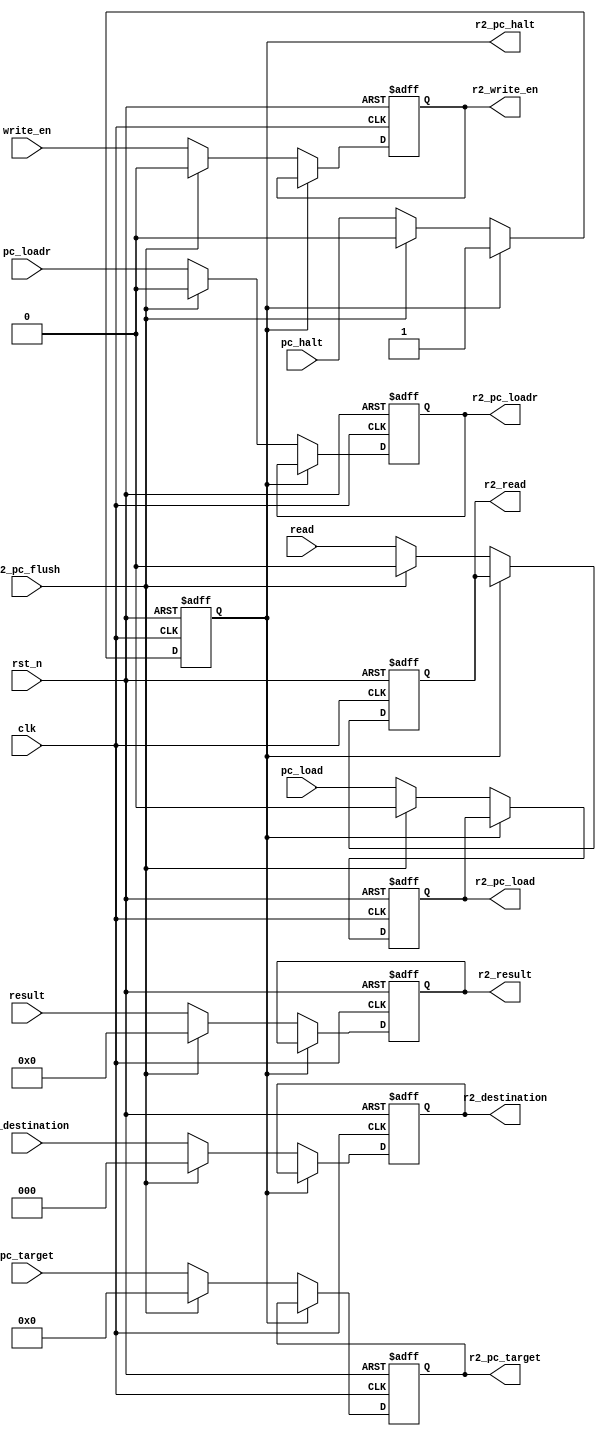
module r2
#(
   parameter D_SIZE = 32,
   parameter A_SIZE = 10
)
(
// general
   input                   rst_n         , // active 0
   input                   clk           ,
// special
// input                   r2_pc_halt    ,
   input                   r2_pc_flush   ,
   input             [2:0] r1_destination,
   input                   pc_halt       ,
   input                   pc_load       ,
   input                   pc_loadr      ,
   input      [A_SIZE-1:0] pc_target     ,
   input                   read          ,
   input                   write_en      ,
   input      [D_SIZE-1:0] result        ,
   output reg        [2:0] r2_destination,
   output reg              r2_pc_halt    ,
   output reg              r2_pc_load    ,
   output reg              r2_pc_loadr   ,
   output reg [A_SIZE-1:0] r2_pc_target  ,
   output reg              r2_read       ,
   output reg              r2_write_en   ,
   output reg [D_SIZE-1:0] r2_result
);


always@(posedge clk or negedge rst_n)
begin
   if(!rst_n)
   begin
      r2_destination <= 0;
      r2_pc_halt     <= 0;
      r2_pc_load     <= 0;
      r2_pc_loadr    <= 0;
      r2_pc_target   <= 0;
      r2_read        <= 0;
      r2_write_en    <= 0;
      r2_result      <= 0;
   end
   else if(r2_pc_halt)
   begin
      r2_destination <= r2_destination;
      r2_pc_halt     <= r2_pc_halt;
      r2_pc_load     <= r2_pc_load;
      r2_pc_loadr    <= r2_pc_loadr;
      r2_pc_target   <= r2_pc_target;
      r2_read        <= r2_read;
      r2_write_en    <= r2_write_en;
      r2_result      <= r2_result;
   end
   else if(r2_pc_flush)
   begin
      r2_destination <= 0;
      r2_pc_halt     <= 0;
      r2_pc_load     <= 0;
      r2_pc_loadr    <= 0;
      r2_pc_target   <= 0;
      r2_read        <= 0;
      r2_write_en    <= 0;
      r2_result      <= 0;
   end
   else
   begin
      r2_destination <= r1_destination;
      r2_pc_halt     <= pc_halt;
      r2_pc_load     <= pc_load;
      r2_pc_loadr    <= pc_loadr;
      r2_pc_target   <= pc_target;
      r2_read        <= read;
      r2_write_en    <= write_en;
      r2_result      <= result;
   end
end


endmodule